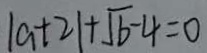
\vert a + 2 \vert + \sqrt { b } - 4 = 0